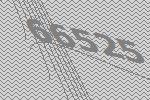
66525